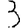
Digit: 3